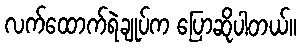
လက်ထောက်ရဲချုပ်က ပြောဆိုပါတယ်။